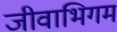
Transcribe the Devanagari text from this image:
जीवाभिगम